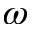
\omega